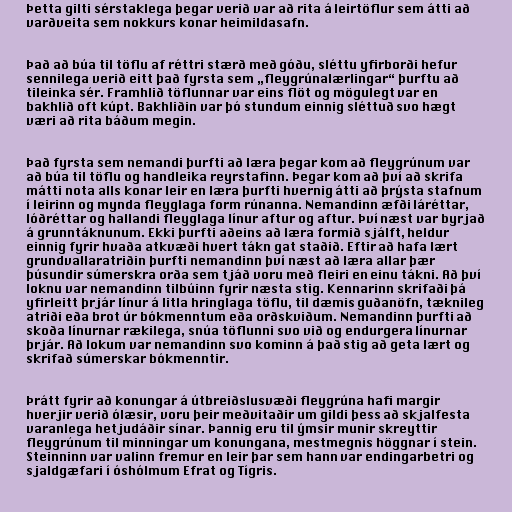
Þetta gilti sérstaklega þegar verið var að rita á leirtöflur sem átti að
varðveita sem nokkurs konar heimildasafn.

Það að búa til töflu af réttri stærð með góðu, sléttu yfirborði hefur
sennilega verið eitt það fyrsta sem „fleygrúnalærlingar“ þurftu að
tileinka sér. Framhlið töflunnar var eins flöt og mögulegt var en
bakhlið oft kúpt. Bakhliðin var þó stundum einnig sléttuð svo hægt
væri að rita báðum megin.

Það fyrsta sem nemandi þurfti að læra þegar kom að fleygrúnum var
að búa til töflu og handleika reyrstafinn. Þegar kom að því að skrifa
mátti nota alls konar leir en læra þurfti hvernig átti að þrýsta stafnum
í leirinn og mynda fleyglaga form rúnanna. Nemandinn æfði láréttar,
lóðréttar og hallandi fleyglaga línur aftur og aftur. Því næst var byrjað
á grunntáknunum. Ekki þurfti aðeins að læra formið sjálft, heldur
einnig fyrir hvaða atkvæði hvert tákn gat staðið. Eftir að hafa lært
grundvallaratriðin þurfti nemandinn því næst að læra allar þær
þúsundir súmerskra orða sem tjáð voru með fleiri en einu tákni. Að því
loknu var nemandinn tilbúinn fyrir næsta stig. Kennarinn skrifaði þá
yfirleitt þrjár línur á litla hringlaga töflu, til dæmis guðanöfn, tæknileg
atriði eða brot úr bókmenntum eða orðskviðum. Nemandinn þurfti að
skoða línurnar rækilega, snúa töflunni svo við og endurgera línurnar
þrjár. Að lokum var nemandinn svo kominn á það stig að geta lært og
skrifað súmerskar bókmenntir.

Þrátt fyrir að konungar á útbreiðslusvæði fleygrúna hafi margir
hverjir verið ólæsir, voru þeir meðvitaðir um gildi þess að skjalfesta
varanlega hetjudáðir sínar. Þannig eru til ýmsir munir skreyttir
fleygrúnum til minningar um konungana, mestmegnis höggnar í stein.
Steinninn var valinn fremur en leir þar sem hann var endingarbetri og
sjaldgæfari í óshólmum Efrat og Tígris.